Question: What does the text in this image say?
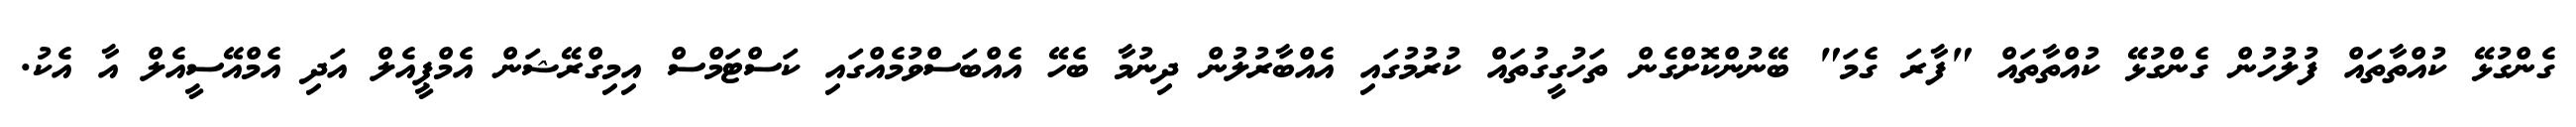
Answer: ގެންގުޅޭ ކުއްތާތައް ފުލުހުން ގެންގުޅޭ ކުއްތާތައް "ފާރަ ގެމަ" ބޭނުންކޮށްގެން ތަހުގީގުތައް ކުރުމުގައި އެއްބާރުލުން ދިނުމާ ބެހޭ އެއްބަސްވުމެއްގައި ކަސްޓަމްސް އިމިގްރޭޝަން އެމްޕީއެލް އަދި އެމްއޭސީއެލް އާ އެކު.